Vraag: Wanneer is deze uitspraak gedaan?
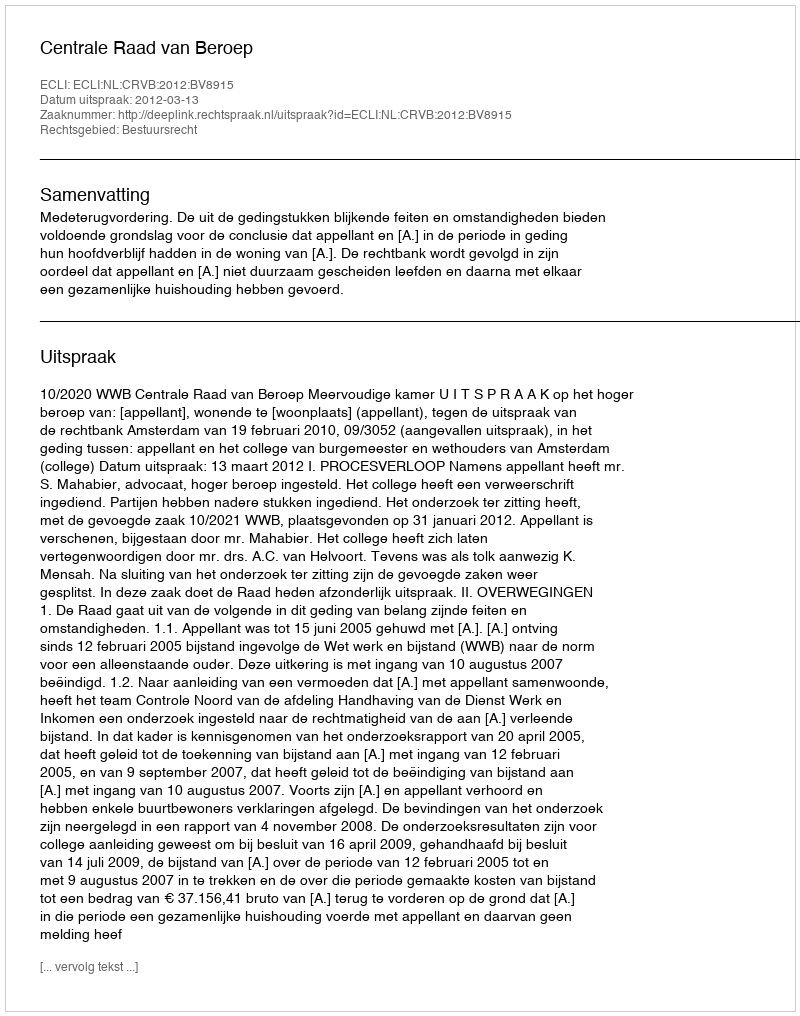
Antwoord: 2012-03-13